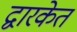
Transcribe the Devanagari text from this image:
द्वारकेत